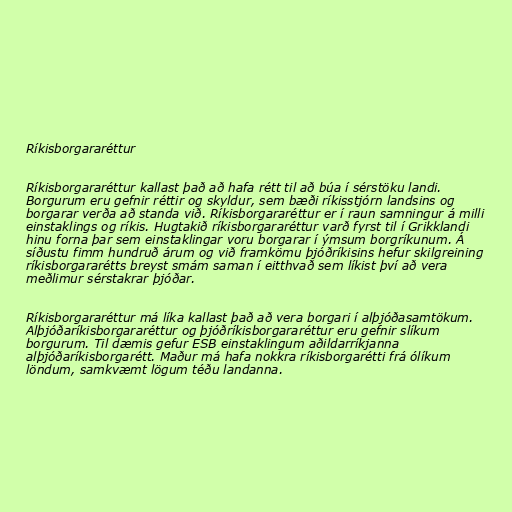
Ríkisborgararéttur

Ríkisborgararéttur kallast það að hafa rétt til að búa í sérstöku landi.
Borgurum eru gefnir réttir og skyldur, sem bæði ríkisstjórn landsins og
borgarar verða að standa við. Ríkisborgararéttur er í raun samningur á milli
einstaklings og ríkis. Hugtakið ríkisborgararéttur varð fyrst til í Grikklandi
hinu forna þar sem einstaklingar voru borgarar í ýmsum borgríkunum. Á
síðustu fimm hundruð árum og við framkömu þjóðríkisins hefur skilgreining
ríkisborgararétts breyst smám saman í eitthvað sem líkist því að vera
meðlimur sérstakrar þjóðar.

Ríkisborgararéttur má líka kallast það að vera borgari í alþjóðasamtökum.
Alþjóðaríkisborgararéttur og þjóðríkisborgararéttur eru gefnir slíkum
borgurum. Til dæmis gefur ESB einstaklingum aðildarríkjanna
alþjóðaríkisborgarétt. Maður má hafa nokkra ríkisborgarétti frá ólíkum
löndum, samkvæmt lögum téðu landanna.